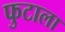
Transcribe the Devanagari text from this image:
फुटाला